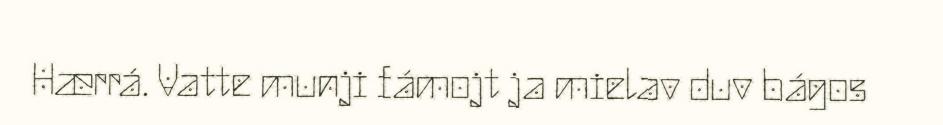
Hærrá. Vatte munji fámojt ja mielav duv bágos